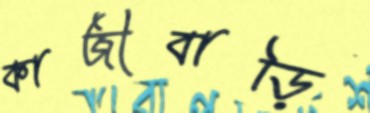
কাজীবাড়ি